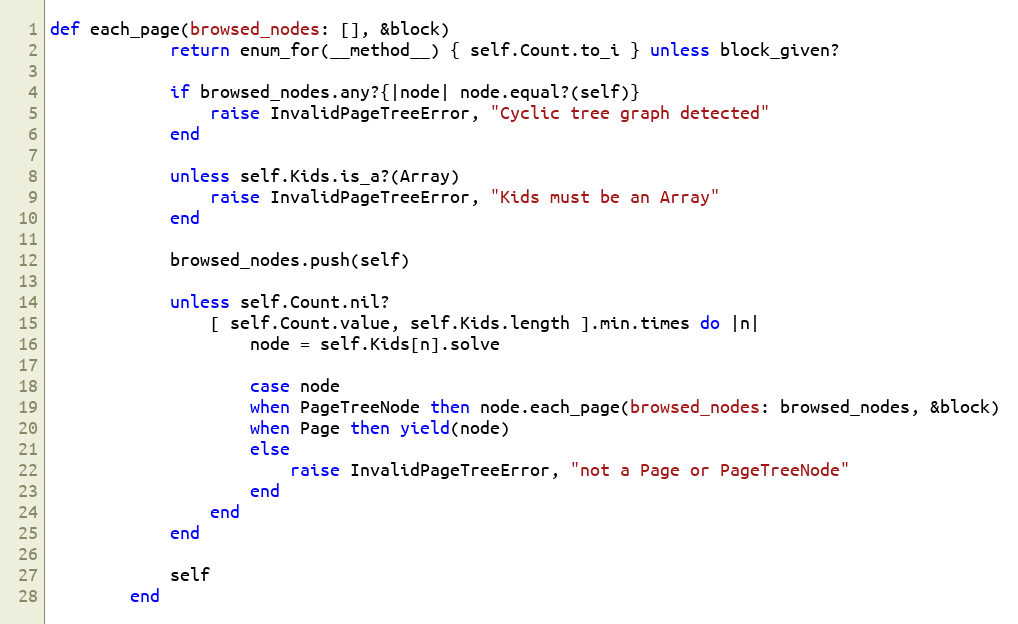
Language: Ruby
def each_page(browsed_nodes: [], &block)
            return enum_for(__method__) { self.Count.to_i } unless block_given?

            if browsed_nodes.any?{|node| node.equal?(self)}
                raise InvalidPageTreeError, "Cyclic tree graph detected"
            end

            unless self.Kids.is_a?(Array)
                raise InvalidPageTreeError, "Kids must be an Array"
            end

            browsed_nodes.push(self)

            unless self.Count.nil?
                [ self.Count.value, self.Kids.length ].min.times do |n|
                    node = self.Kids[n].solve

                    case node
                    when PageTreeNode then node.each_page(browsed_nodes: browsed_nodes, &block)
                    when Page then yield(node)
                    else
                        raise InvalidPageTreeError, "not a Page or PageTreeNode"
                    end
                end
            end

            self
        end